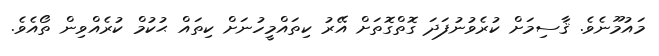
މައުމޫނެވެ. ޤާސިމަށް ކުރެވުނުފަދަ ގޮތްގޮތަށް އޭރު ކިތައްމީހުނަށް ކިތައް ޙުކުމް ކުރެއްވިން ތޯއެވެ.